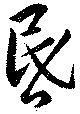
昬